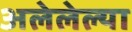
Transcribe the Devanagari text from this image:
अलेलेल्या